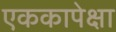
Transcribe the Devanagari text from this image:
एककापेक्षा